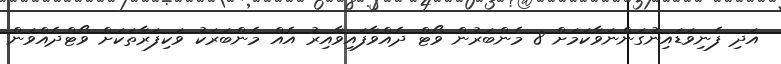
އަދި ފެނިވަޑައިނުގަންނަވާކަމަށް 8 މެންބަރުން ވޯޓް ދެއްވާފައިވާއިރު އެއް މެންބަރަކު ވަކިފަރާތަކަށް ވޯޓްދެއްވަން